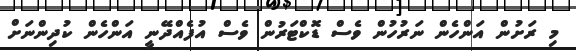
މި ރަށުން އަންހެން ނަރުހުން ވެސް ޑޮކްޓަރުން ވެސް އުފެއްދޭނީ އަންހެން ކުދިންނަށް